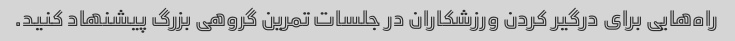
راه‌هایی برای درگیر کردن ورزشکاران در جلسات تمرین گروهی بزرگ پیشنهاد کنید.